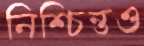
নিশ্চিন্তও